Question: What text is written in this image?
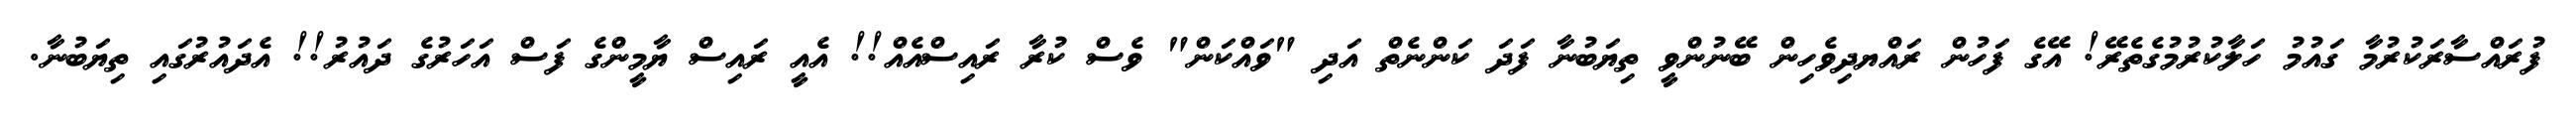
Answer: ފުރައްސާރަކުރުމާ ގައުމު ހަލާކުރުމުގެތެރޭ! އޭގެ ފަހުން ރައްޔދިވެހިން ބޭނުންވީ ތިޔަބުނާ ފަދަ ކަންނެތް އަދި "ވައްކަން" ވެސް ކުރާ ރައިސްއެއް!! އެއީ ރައިސް ޔާމީންގެ ފަސް އަހަރުގެ ދައުރު!! އެދައުރުގައި ތިޔަބުނާ.